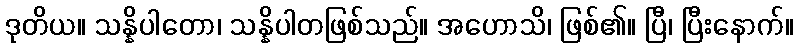
ဒုတိယ။ သန္နိပါတော၊ သန္နိပါတဖြစ်သည်။ အဟောသိ၊ ဖြစ်၏။ ပြီ၊ ပြီးနောက်။